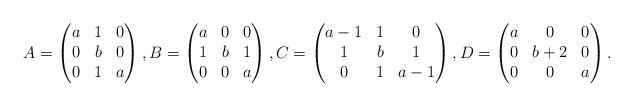
LaTeX: \begin{align*}A = \begin{pmatrix}a & 1 & 0 \\0 & b &0 \\0 & 1 & a\end{pmatrix},B = \begin{pmatrix}a & 0 & 0 \\1 & b &1 \\0 & 0 & a\end{pmatrix},C=\begin{pmatrix}a-1 & 1 & 0 \\1 & b &1 \\0 & 1 & a-1\end{pmatrix},D=\begin{pmatrix}a & 0 & 0 \\0 & b+2 &0 \\0 & 0 & a\end{pmatrix}.\end{align*}